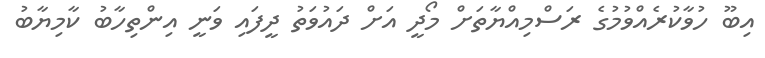
އިބޫ ހުވާކުރެއްވުމުގެ ރަސްމިއްޔާތަށް މޯދީ އަށް ދައުވަތު ދީފައި ވަނީ އިންތިހާބު ކާމިޔާބު